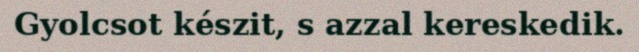
Gyolcsot készit, s azzal kereskedik.